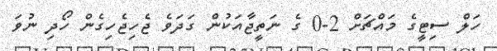
ހަލް ސިޓީގެ މައްޗަށް 2-0 ގެ ނަތީޖާއަކުން ގަދަވެ ޖެހިޖެހިގެން ހޯދި ނުވަ